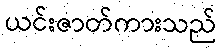
ယင်းဇာတ်ကားသည်